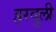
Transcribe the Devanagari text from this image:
हरदुली